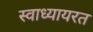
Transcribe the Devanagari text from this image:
स्वाध्यायरत